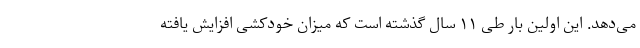
می‌دهد. این اولین بار طی ۱۱ سال گذشته است که میزان خودکشی افزایش یافته